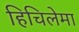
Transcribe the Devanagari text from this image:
हिचिलेमा